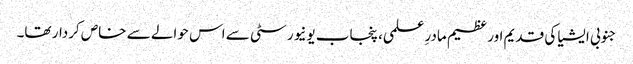
جنوبی ایشیا کی قدیم اور عظیم مادرِ علمی، پنجاب یونیورسٹی سے اس حوالے سے خاص کردار تھا۔